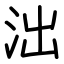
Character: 泏